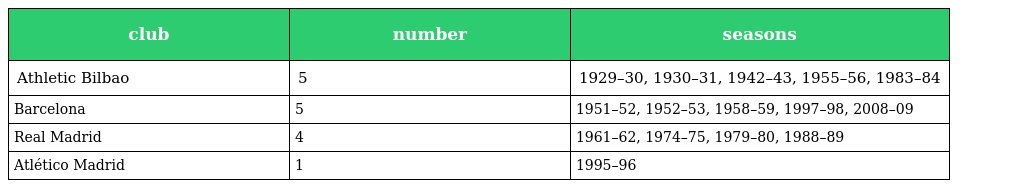
| club | number | seasons |
 | --- | --- | --- |
 | Athletic Bilbao | 5 | 1929–30, 1930–31, 1942–43, 1955–56, 1983–84 |
 | Barcelona | 5 | 1951–52, 1952–53, 1958–59, 1997–98, 2008–09 |
 | Real Madrid | 4 | 1961–62, 1974–75, 1979–80, 1988–89 |
 | Atlético Madrid | 1 | 1995–96 |